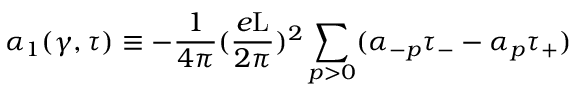
{ \alpha } _ { 1 } ( \gamma , \tau ) \equiv - \frac { 1 } { 4 \pi } ( \frac { e \mathrm { L } } { 2 \pi } ) ^ { 2 } \sum _ { p > 0 } ( { \alpha } _ { - p } { \tau } _ { - } - { \alpha } _ { p } { \tau } _ { + } )